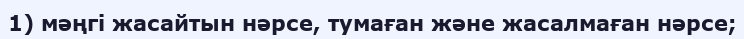
1) мәңгі жасайтын нәрсе, тумаған және жасалмаған нәрсе;